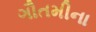
ગૌતમીના